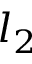
l _ { 2 }